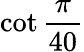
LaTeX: \cot{\frac{\pi}{40}}